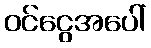
ဝင်ငွေအပေါ်